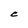
Character: C